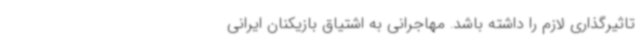
تاثیرگذاری لازم را داشته باشد. مهاجرانی به اشتیاق بازیکنان ایرانی